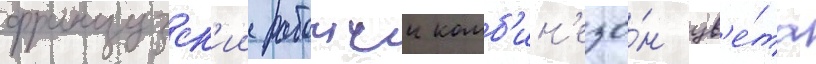
французск'ии рабочии комб'ин'езо́н цв'е́та